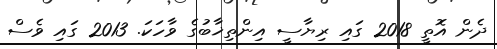
ދެން އޮތީ 2018 ގައި ރިޔާސީ އިންތިޚާބުގެ ވާހަކަ. 2013 ގައި ވެސް